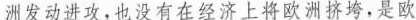
洲发动进攻，也没有在经济上将欧洲挤垮，是欧